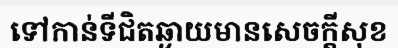
ទៅកាន់ទីជិតឆ្ងាយមានសេចក្តីសុខ